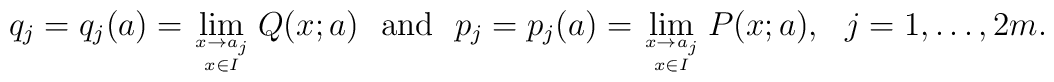
q_j=q_j(a)=\lim_{x\rightarrow a_j\atop x\in I}Q(x;a) \ \ {\rm and}\ \ p_j=p_j(a) = \lim_{x\rightarrow a_j\atop x\in I}P(x;a),\ \ j=1,\ldots,2m.